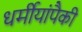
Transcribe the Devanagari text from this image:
धर्मीयांपैकी